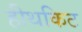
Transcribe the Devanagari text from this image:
हीथकिट